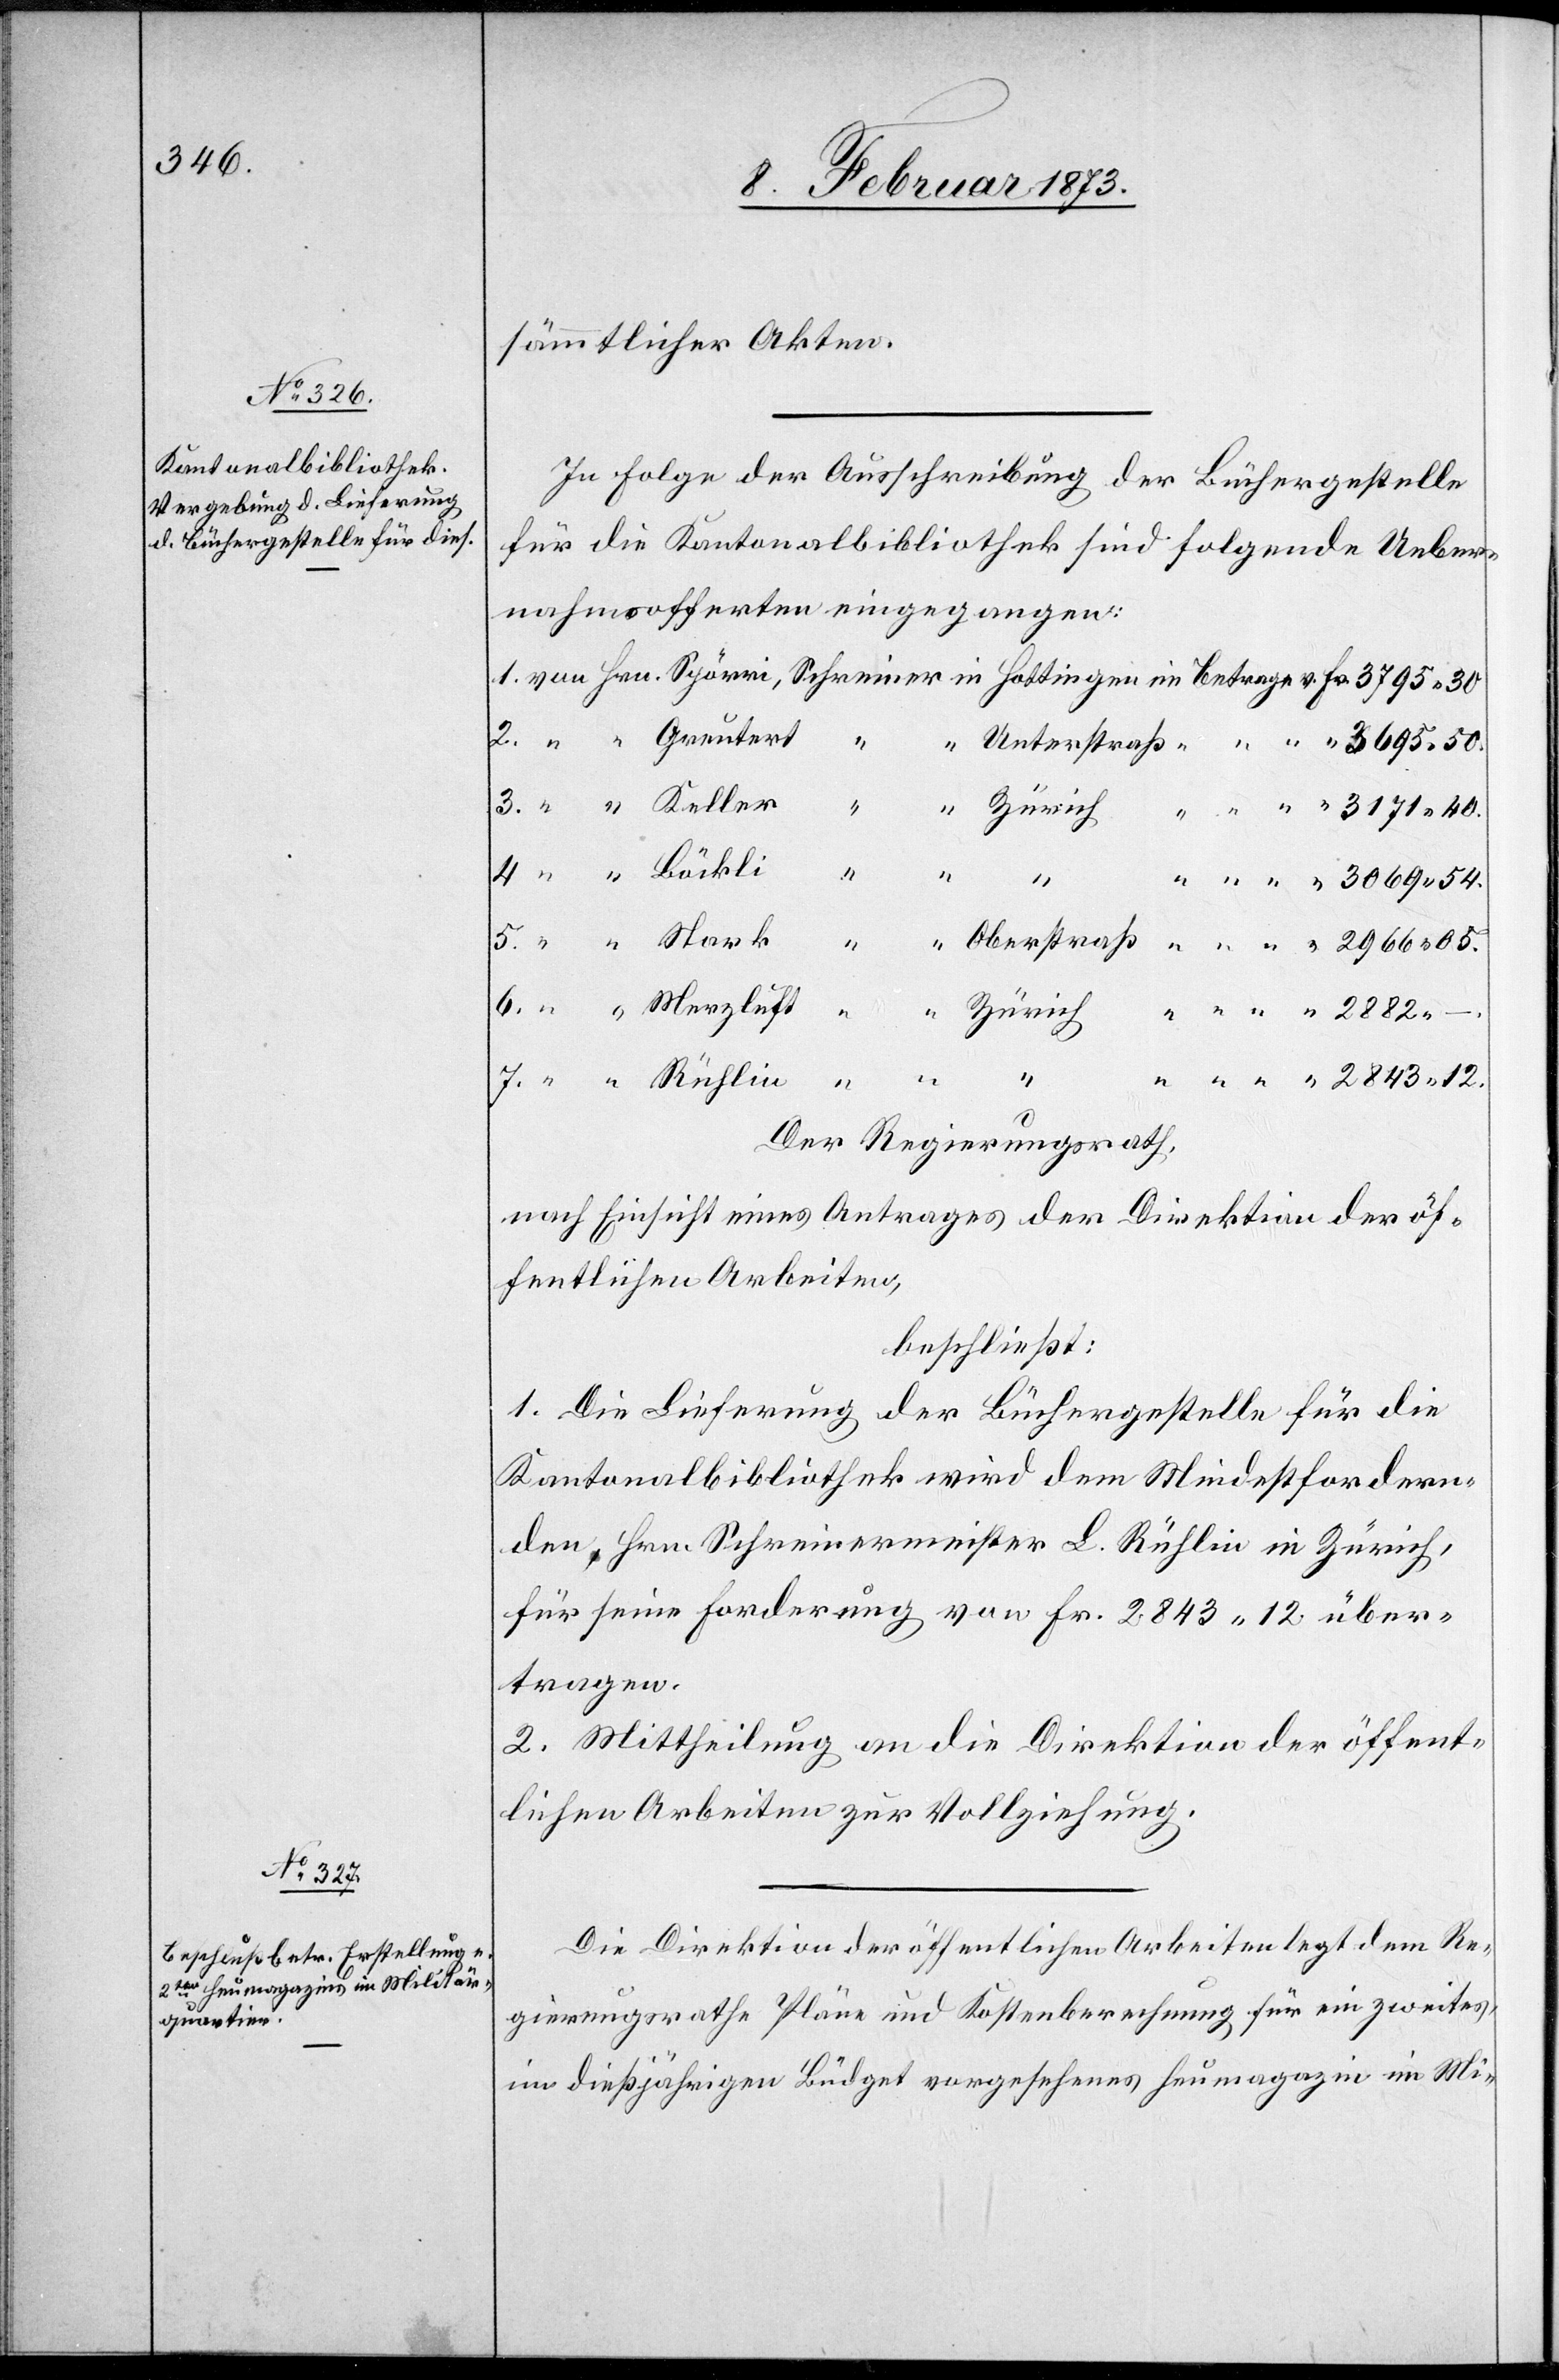
sämmtlicher Akten.
In Folge der Ausschreibung der Büchergestelle
für die Kantonalbibliothek sind folgende Ueber¬
nahmsofferten eingegangen:
Fr.
“ 2843.12.
Der Regierungsrath,
nach Einsicht eines Antrages der Direktion der öf¬
fentlichen Arbeiten,
beschließt:
1. Die Lieferung
der Büchergestelle für die
Kantonalbibliothek wird dem Mindestfordern¬
den, Hrn. Schreinermeister L. Rühlin in Zürich,
für seine Forderung von Fr. 2843.12 über¬
tragen.
2. Mittheilung an die Direktion der öffent¬
lichen Arbeiten zur Vollziehung.
Die Direktion der öffentlichen Arbeiten legt dem Re¬
gierungsrathe Pläne und Kostenberechnung für ein zweites,
im dießjährigen Budget vorgesehenes Heumagazin im Mi-